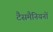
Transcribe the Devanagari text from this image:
टैसमैनियनों